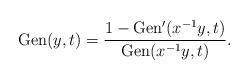
LaTeX: \begin{align*}\mathrm{Gen}(y,t)=\frac{1-\mathrm{Gen}'(x^{-1}y,t)}{\mathrm{Gen}(x^{-1}y,t)}.\end{align*}